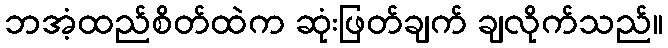
ဘအံ့ထည်စိတ်ထဲက ဆုံးဖြတ်ချက် ချလိုက်သည်။